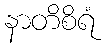
နာတိစိရံ